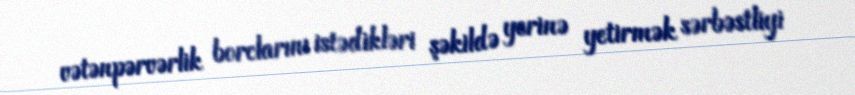
vətənpərvərlik borclarını istədikləri şəkildə yerinə yetirmək sərbəstliyi